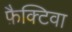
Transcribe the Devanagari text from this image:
फ़ैक्टिवा